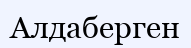
Алдаберген